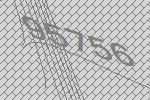
95756